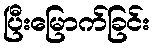
ပြီးမြောက်ခြင်း